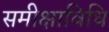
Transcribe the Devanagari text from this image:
समीक्षाविधि